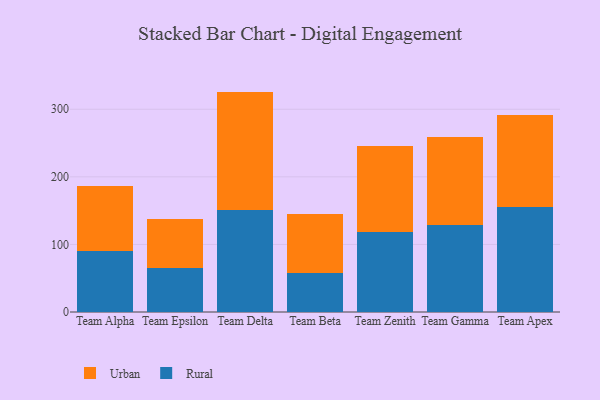
{"axis": {"x": "Team", "y": "Tickets Resolved"}, "legend": ["Rural", "Urban"], "data": [{"x": "Team Alpha", "y": 89.8, "type": "Rural"}, {"x": "Team Alpha", "y": 97.0, "type": "Urban"}, {"x": "Team Epsilon", "y": 65.2, "type": "Rural"}, {"x": "Team Epsilon", "y": 72.0, "type": "Urban"}, {"x": "Team Delta", "y": 151.5, "type": "Rural"}, {"x": "Team Delta", "y": 174.6, "type": "Urban"}, {"x": "Team Beta", "y": 57.8, "type": "Rural"}, {"x": "Team Beta", "y": 86.5, "type": "Urban"}, {"x": "Team Zenith", "y": 118.5, "type": "Rural"}, {"x": "Team Zenith", "y": 127.7, "type": "Urban"}, {"x": "Team Gamma", "y": 128.8, "type": "Rural"}, {"x": "Team Gamma", "y": 130.5, "type": "Urban"}, {"x": "Team Apex", "y": 155.7, "type": "Rural"}, {"x": "Team Apex", "y": 135.6, "type": "Urban"}]}